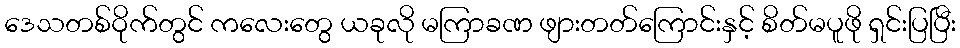
ဒေသတစ်ဝိုက်တွင် ကလေးတွေ ယခုလို မကြာခဏ ဖျားတတ်ကြောင်းနှင့် စိတ်မပူဖို ရှင်းပြပြီး